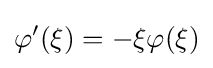
\varphi '(\xi )=-\xi \varphi (\xi )